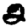
Digit: 2